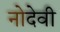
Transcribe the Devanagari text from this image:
नोदेवी